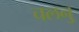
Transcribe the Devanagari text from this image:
चलनु